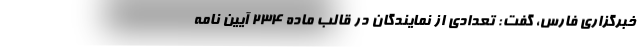
خبرگزاری فارس، گفت: تعدادی از نمایندگان در قالب ماده 234 آیین نامه